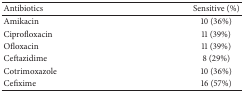
<table><thead><tr><td><b>Antibiotics</b></td><td><b>Sensitive (%)</b></td></tr></thead><tbody><tr><td>Amikacin</td><td>10 (36%)</td></tr><tr><td>Ciprofloxacin</td><td>11 (39%)</td></tr><tr><td>Ofloxacin</td><td>11 (39%)</td></tr><tr><td>Ceftazidime</td><td>8 (29%)</td></tr><tr><td>Cotrimoxazole</td><td>10 (36%)</td></tr><tr><td>Cefixime</td><td>16 (57%)</td></tr></tbody></table>